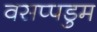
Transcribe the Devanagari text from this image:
वसप्पडुम